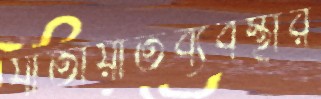
যাতায়াতব্যবস্থার